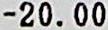
-20.00